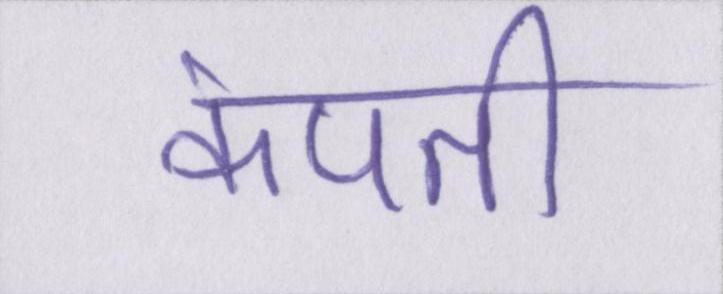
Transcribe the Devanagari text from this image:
कंपती